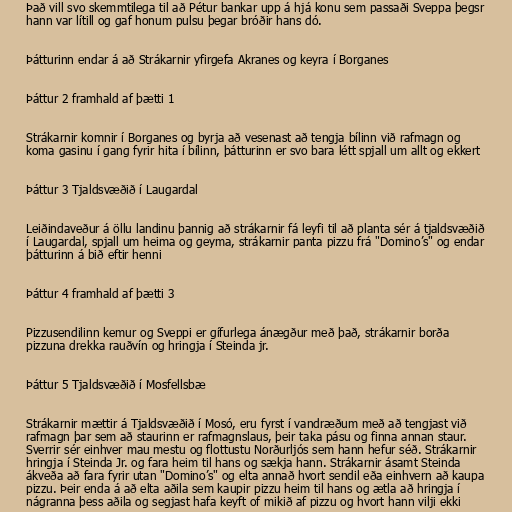
Það vill svo skemmtilega til að Pétur bankar upp á hjá konu sem passaði Sveppa þegsr
hann var lítill og gaf honum pulsu þegar bróðir hans dó.

Þátturinn endar á að Strákarnir yfirgefa Akranes og keyra í Borganes

Þáttur 2 framhald af þætti 1

Strákarnir komnir í Borganes og byrja að vesenast að tengja bílinn við rafmagn og
koma gasinu í gang fyrir hita í bílinn, þátturinn er svo bara létt spjall um allt og ekkert

Þáttur 3 Tjaldsvæðið í Laugardal

Leiðindaveður á öllu landinu þannig að strákarnir fá leyfi til að planta sér á tjaldsvæðið
í Laugardal, spjall um heima og geyma, strákarnir panta pizzu frá "Domino’s" og endar
þátturinn á bið eftir henni

Þáttur 4 framhald af þætti 3

Pizzusendilinn kemur og Sveppi er gífurlega ánægður með það, strákarnir borða
pizzuna drekka rauðvín og hringja í Steinda jr.

Þáttur 5 Tjaldsvæðið í Mosfellsbæ

Strákarnir mættir á Tjaldsvæðið í Mosó, eru fyrst í vandræðum með að tengjast við
rafmagn þar sem að staurinn er rafmagnslaus, þeir taka pásu og finna annan staur.
Sverrir sér einhver mau mestu og flottustu Norðurljós sem hann hefur séð. Strákarnir
hringja í Steinda Jr. og fara heim til hans og sækja hann. Strákarnir ásamt Steinda
ákveða að fara fyrir utan "Domino’s" og elta annað hvort sendil eða einhvern að kaupa
pizzu. Þeir enda á að elta aðila sem kaupir pizzu heim til hans og ætla að hringja í
nágranna þess aðila og segjast hafa keyft of mikið af pizzu og hvort hann vilji ekki